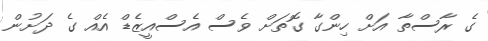
ގެ ރާސްތާ އަށް ހިންގާ ގޮތަށް ވެސް އެސްއީޒެޑް އެއް ގެ ދަށުން